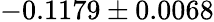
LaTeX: -0.1179\pm 0.0068